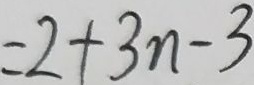
= 2 + 3 n - 3